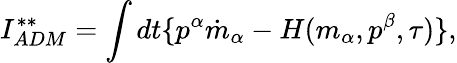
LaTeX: I_{ADM}^{\ast\ast}=\int dt\{ p^{\alpha}\dot{m}_{\alpha}-H(m_{\alpha},p^{\beta},\tau)\} ,